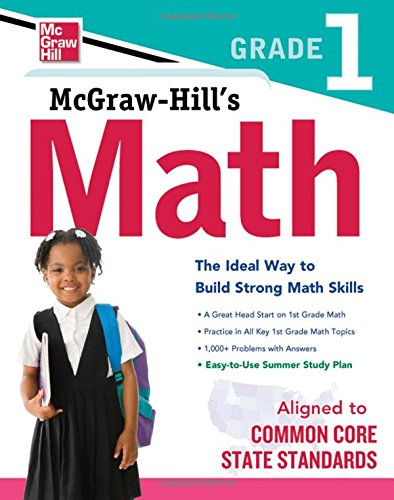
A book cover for McGraw-Hill Math Grade 1; McGraw-Hill Education; Science & Math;